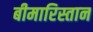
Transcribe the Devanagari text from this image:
बीमारिस्तान